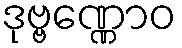
ဒုဗ္ဗဏ္ဏောဝ